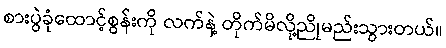
စားပွဲခုံထောင့်စွန်းကို လက်နဲ့ တိုက်မိလို့ညိုမည်းသွားတယ်။